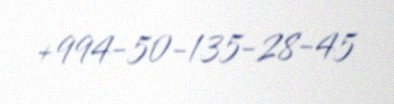
+994-50-135-28-45